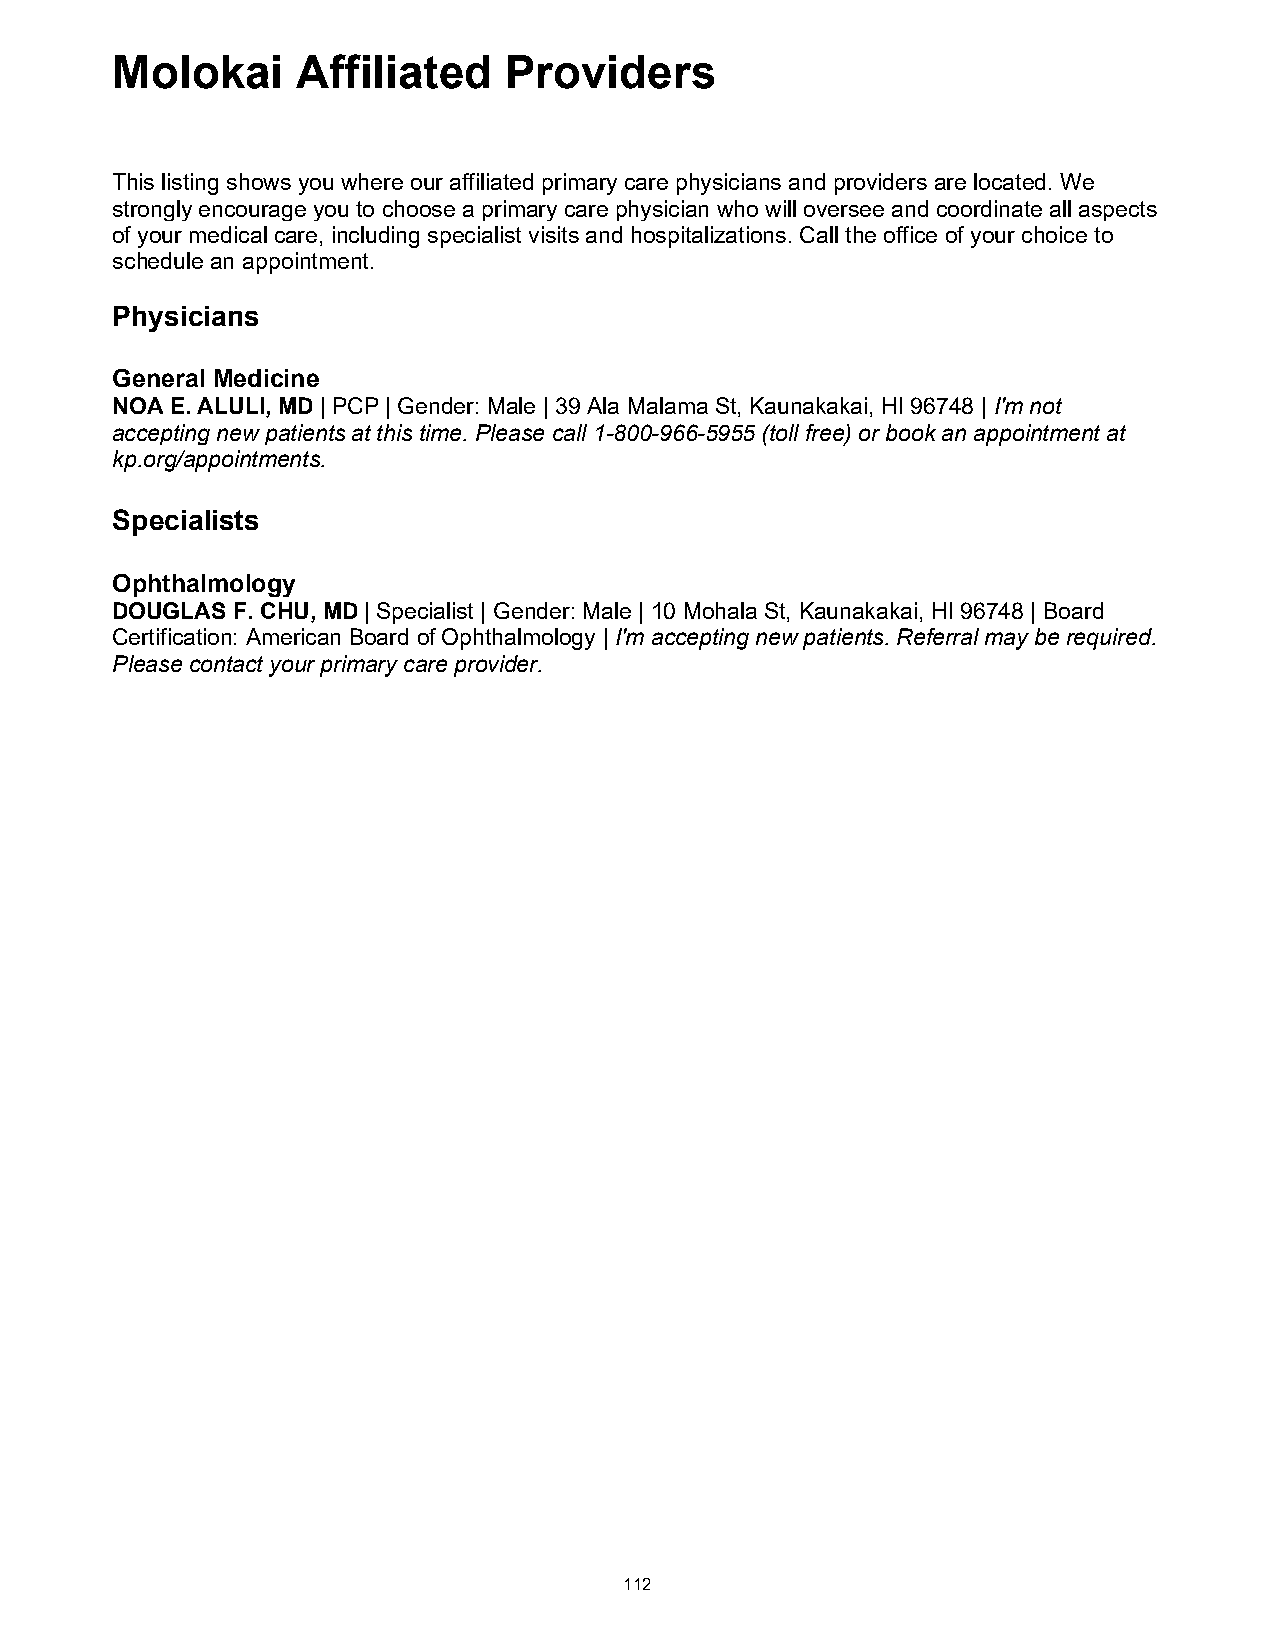
Molokai      Affiliated   Providers
 Molokai Affiliated Providers
 This listing shows you where our affiliated primary care physicians and providers are located. We
 strongly encourage you to choose a primary care physician who will oversee and coordinate all aspects
 of your medical care, including specialist visits and hospitalizations. Call the office of your choice to
 schedule an appointment.
 Physicians
 General Medicine
 NOA E. ALULI, MD | PCP | Gender: Male | 39 Ala Malama St, Kaunakakai, HI 96748 | I'm not
 accepting new patients at this time. Please call 1-800-966-5955 (toll free) or book an appointment at
 kp.org/appointments.
 Specialists
 Ophthalmology
 DOUGLAS F. CHU, MD | Specialist | Gender: Male | 10 Mohala St, Kaunakakai, HI 96748 | Board
 Certification: American Board of Ophthalmology | I'm accepting new patients. Referral may be required.
 Please contact your primary care provider.
 112